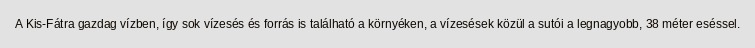
A Kis-Fátra gazdag vízben, így sok vízesés és forrás is található a környéken, a vízesések közül a sutói a legnagyobb, 38 méter eséssel.